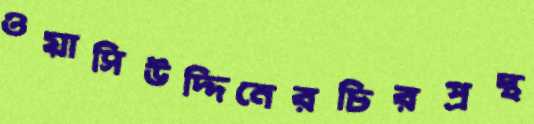
ওয়াসিউদ্দিনেরচিরপ্রস্থ